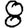
Digit: 8